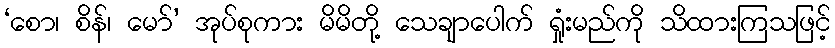
‘စော၊ စိန်၊ မော်’ အုပ်စုကား မိမိတို့ သေချာပေါက် ရှုံးမည်ကို သိထားကြသဖြင့်